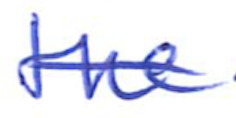
Text: the
Cross-out: single-line
Writing tool: ballpoint